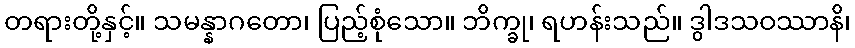
တရားတို့နှင့်။ သမန္နာဂတော၊ ပြည့်စုံသော။ ဘိက္ခု၊ ရဟန်းသည်။ ဒွါဒသဝဿာနိ၊